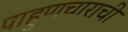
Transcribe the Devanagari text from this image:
पाहुणचाराची